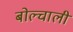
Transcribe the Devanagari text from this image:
बोल्चाली